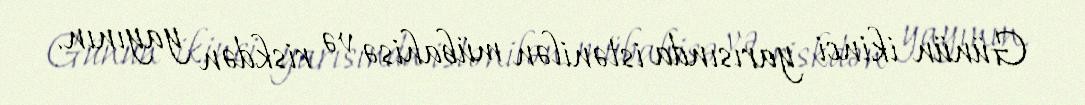
Günün ikinci yarısında istənilən mübahisə və riskdən yayının.